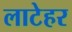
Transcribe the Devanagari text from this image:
लाटेहर